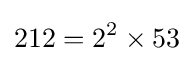
212=2^{2}\times 53